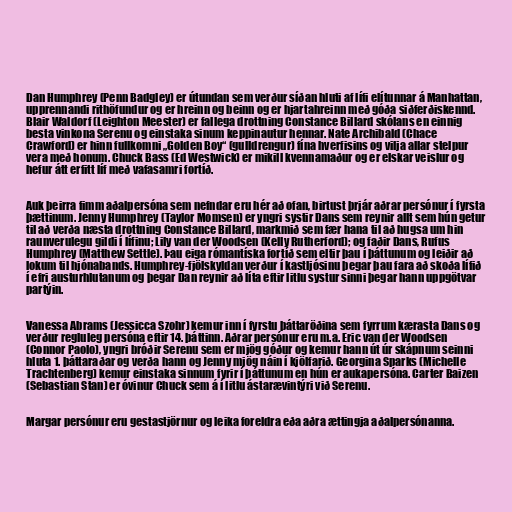
Dan Humphrey (Penn Badgley) er útundan sem verður síðan hluti af lífi elítunnar á Manhattan,
upprennandi rithöfundur og er hreinn og beinn og er hjartahreinn með góða siðferðiskennd.
Blair Waldorf (Leighton Meester) er fallega drottning Constance Billard skólans en einnig
besta vinkona Serenu og einstaka sinum keppinautur hennar. Nate Archibald (Chace
Crawford) er hinn fullkomni „Golden Boy“ (gulldrengur) fína hverfisins og vilja allar stelpur
vera með honum. Chuck Bass (Ed Westwick) er mikill kvennamaður og er elskar veislur og
hefur átt erfitt líf með vafasamri fortíð.

Auk þeirra fimm aðalpersóna sem nefndar eru hér að ofan, birtust þrjár aðrar persónur í fyrsta
þættinum. Jenny Humphrey (Taylor Momsen) er yngri systir Dans sem reynir allt sem hún getur
til að verða næsta drottning Constance Billard, markmið sem fær hana til að hugsa um hin
raunverulegu gildi í lífinu; Lily van der Woodsen (Kelly Rutherford); og faðir Dans, Rufus
Humphrey (Matthew Settle). Þau eiga rómantíska fortíð sem eltir þau í þáttunum og leiðir að
lokum til hjónabands. Humphrey-fjölskyldan verður í kastljósinu þegar þau fara að skoða lífið
í efri austurhlutanum og þegar Dan reynir að líta eftir litlu systur sinni þegar hann uppgötvar
partýin.

Vanessa Abrams (Jessicca Szohr) kemur inn í fyrstu þáttaröðina sem fyrrum kærasta Dans og
verður regluleg persóna eftir 14. þáttinn. Aðrar persónur eru m.a. Eric van der Woodsen
(Connor Paolo), yngri bróðir Serenu sem er mjög góður og kemur hann út úr skápnum seinni
hluta 1. þáttaraðar og verða hann og Jenny mjög náin í kjölfarið. Georgina Sparks (Michelle
Trachtenberg) kemur einstaka sinnum fyrir í þáttunum en hún er aukapersóna. Carter Baizen
(Sebastian Stan) er óvinur Chuck sem á í litlu ástarævintýri við Serenu.

Margar persónur eru gestastjörnur og leika foreldra eða aðra ættingja aðalpersónanna.